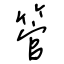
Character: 管